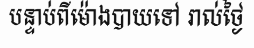
បន្ទាប់ពីម៉ោងបាយទៅ រាល់ថ្ងៃ